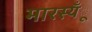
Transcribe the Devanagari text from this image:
मारस्यँू